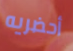
أحضريه